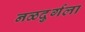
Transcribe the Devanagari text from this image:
नळदुर्गला